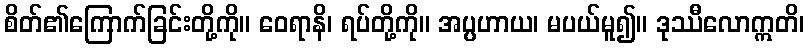
စိတ်၏ကြောက်ခြင်းတို့ကို။ ဝေရာနိ၊ ရပ်တို့ကို။ အပ္ပဟာယ၊ မပယ်မူ၍။ ဒုဿီလောဣတိ၊